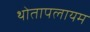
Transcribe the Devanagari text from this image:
थोतापलायम